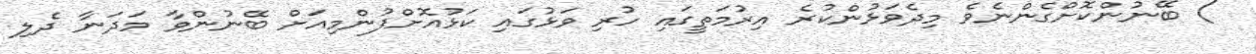
) ބޭނުންކޮށްގެންނެވެ މިދެވަޅުންކުރެ އިރުމަތީގައި ހުރި ވަޅުގައި ކަޅުއޮށްފުންމިއަށް ބޭނުންވާ މަދަނާ ދެލި